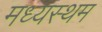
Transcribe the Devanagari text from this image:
मध्‍यस्‍थम